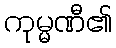
ကုမ္မဏီ၏